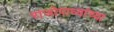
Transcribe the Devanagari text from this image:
राजोपाध्यांच्या